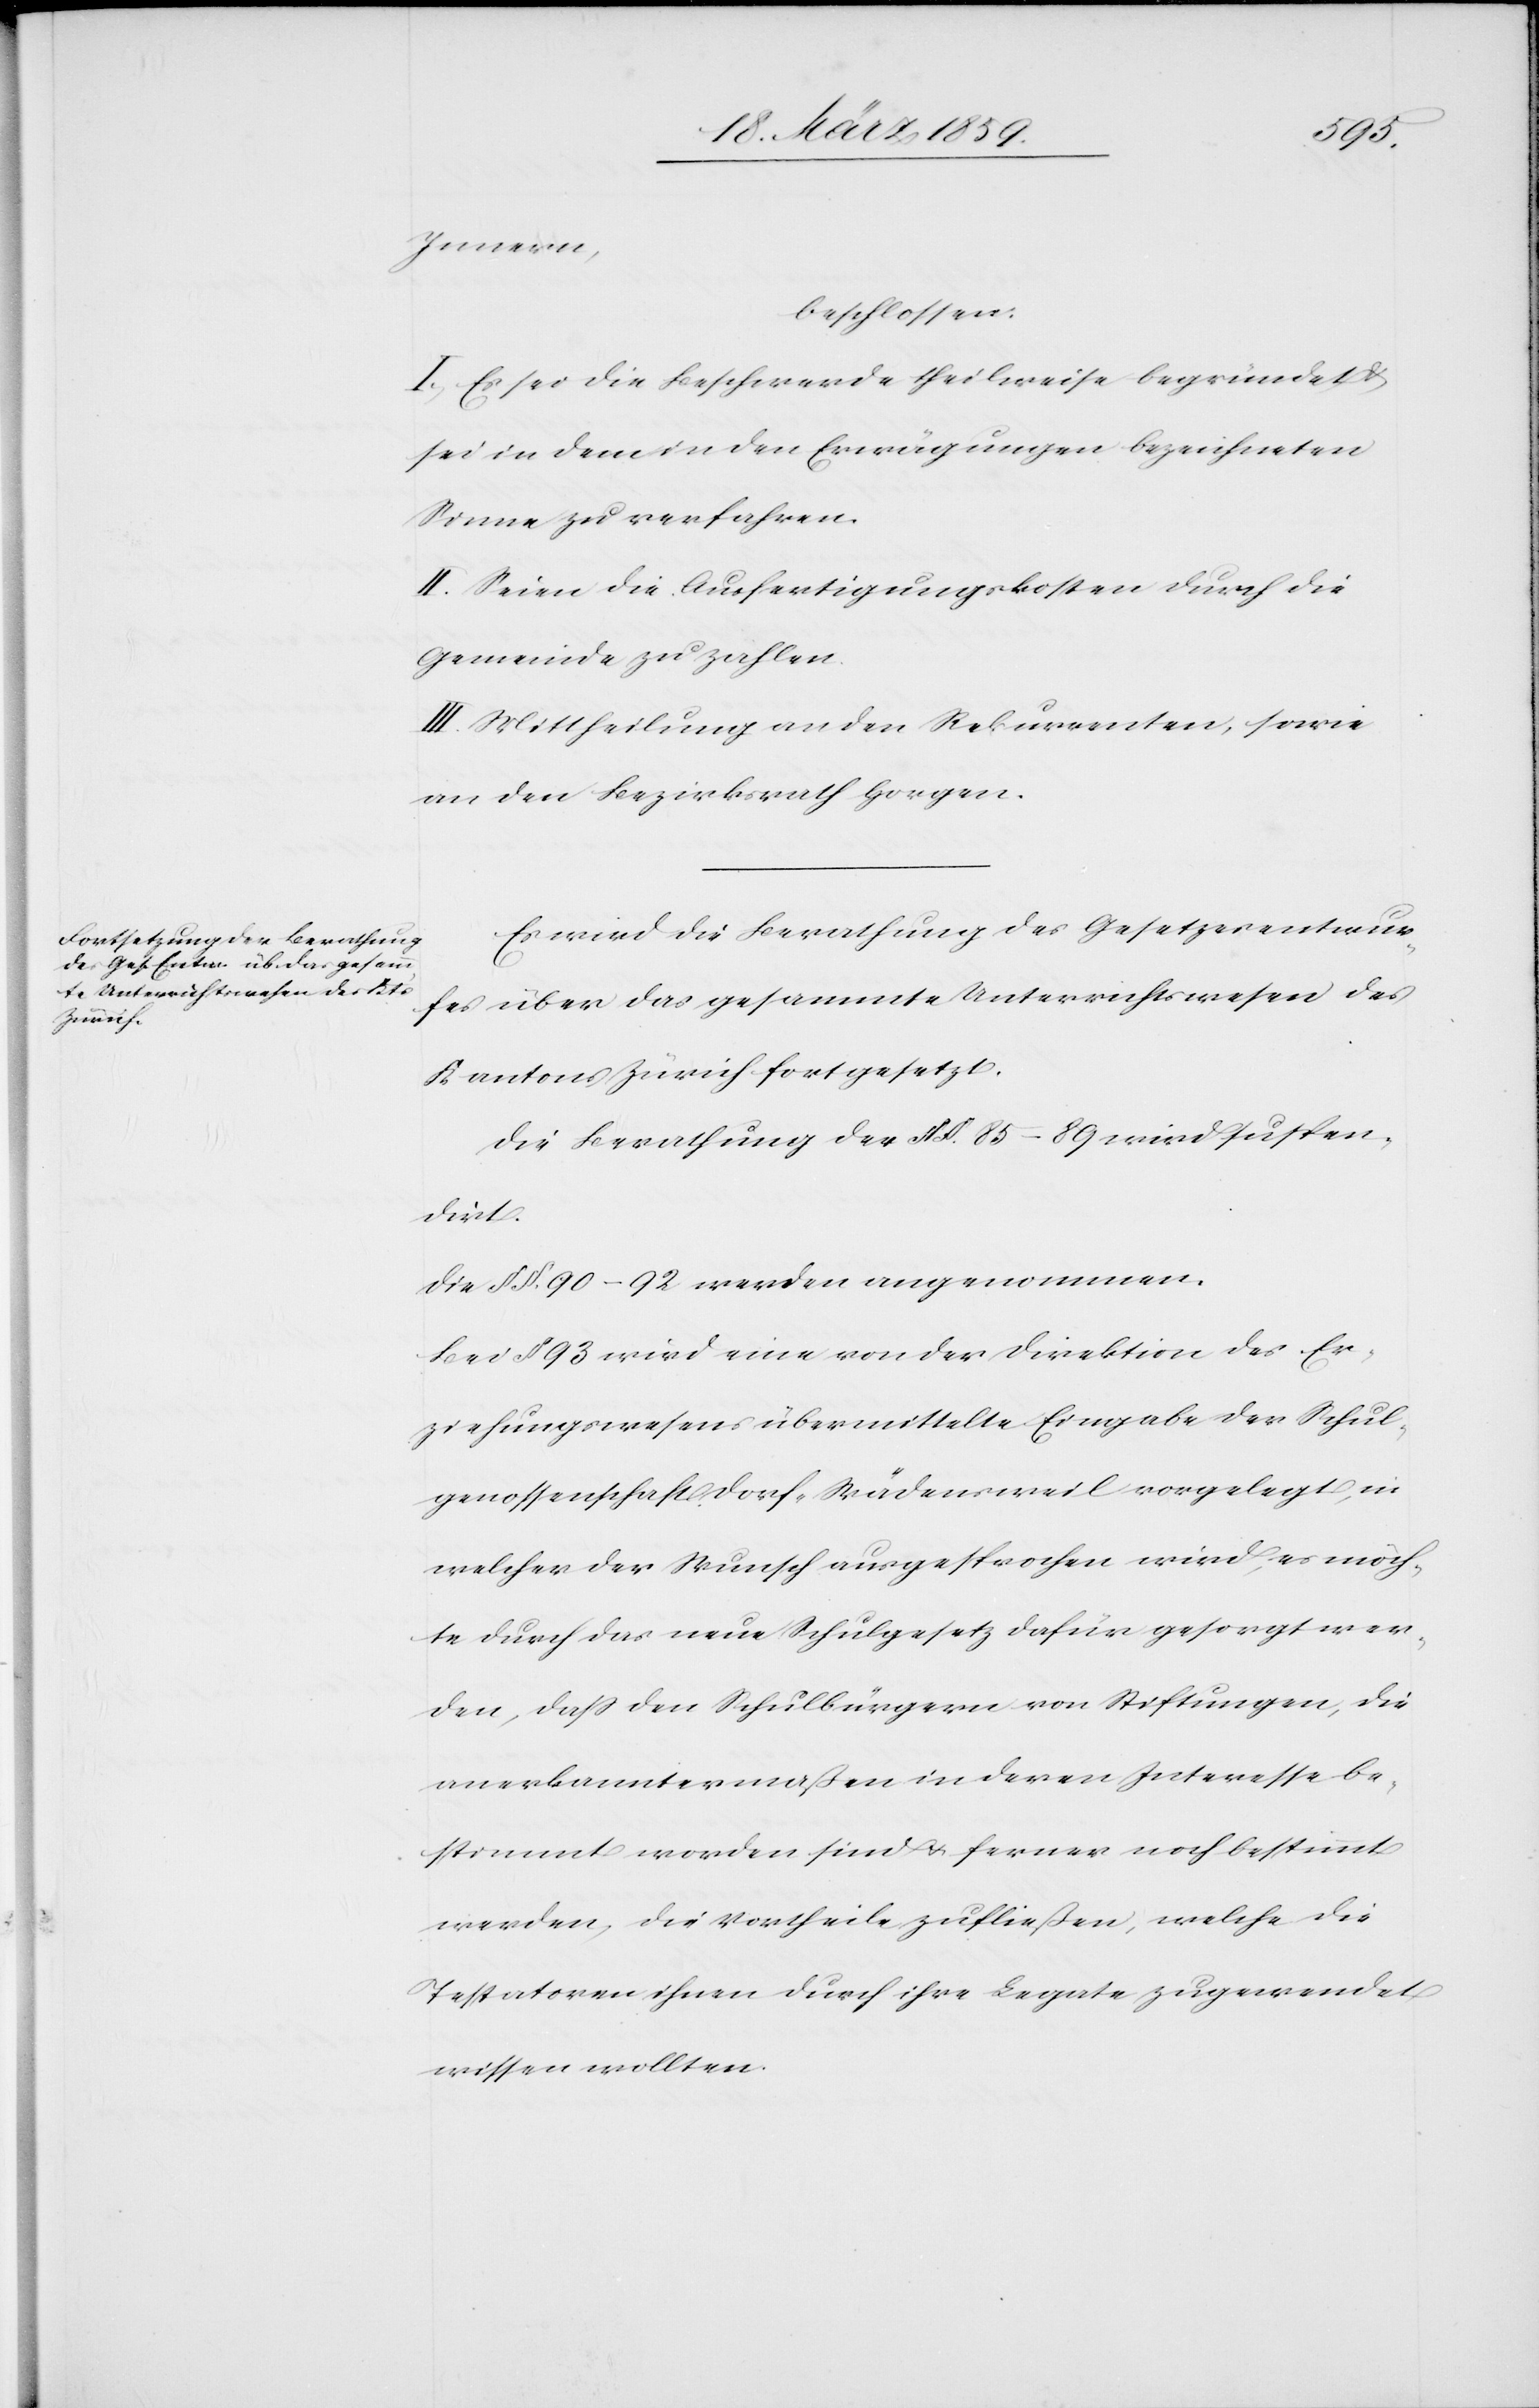
ungen,

die
Innern,
beschlossen:
I. Es sei die Beschwerde theilweise begründet u.
sei in dem in den Erwägungen bezeichneten
Sinne zu verfahren.
II. Seien die Ausfertigungskosten durch die
Gemeinde zu zahlen.
III. Mittheilung an den Rekurrenten, sowie
an den Bezirksrath Horgen.
Es wird die Berathung des Gesetzesentwur¬
fes über das gesammte Unterrichtswesen des
Kantons Zürich fortgesetzt.
Die Berathung der § §. 85–89 wird suspen¬
dirt.
Die § §. 90–92 werden angenommen.
Bei § 93 wird eine von der Direktion des Er¬
ziehungswesens übermittelte Eingabe der Schul¬
genossenschaft Dorf-Wädensweil vorgelegt, in
welcher der Wunsch ausgesprochen wird, es möch¬
anerkanntermaßen in deren Interesse be¬
stimmt worden sind u. ferner noch bestimmt
werden, die Vortheile zufließen, welche die
Testatoren ihnen durch ihre Legate zugewendet
wissen wollten.